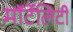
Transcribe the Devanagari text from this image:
मॉर्टेलिटी